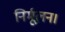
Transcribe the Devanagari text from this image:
निर्मूलन।